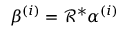
\beta ^ { ( i ) } = \mathcal { R } ^ { * } \alpha ^ { ( i ) }